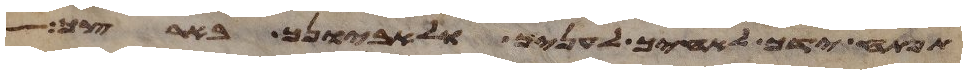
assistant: תפתח ידך לאחיך לעניך ולאביונך בארצך